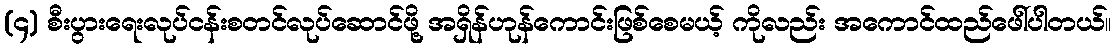
(၄) စီးပွားရေးလုပ်ငန်းစတင်လုပ်ဆောင်ဖို့ အရှိန်ဟုန်ကောင်းဖြစ်စေမယ့် ကိုလည်း အကောင်ထည်ဖေါ်ပါတယ်။